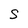
Character: S